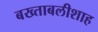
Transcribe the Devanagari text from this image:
बख्ताबलीशाह